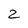
Character: z